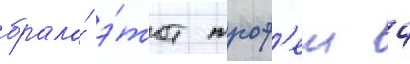
брала́ э́тот троф'еи 4